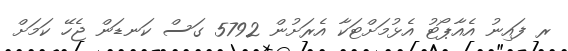
ރ ފައިނު އެއާޕޯޓު އެޅުމަށްޓަކާ އެރަށުން 5792 ގަސް ކަނޑަން ޖެހޭ ކަމަށް